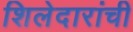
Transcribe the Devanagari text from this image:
शिलेदारांची